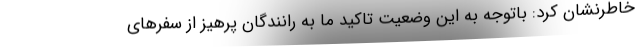
خاطرنشان کرد: باتوجه به این وضعیت تاکید ما به رانندگان پرهیز از سفرهای